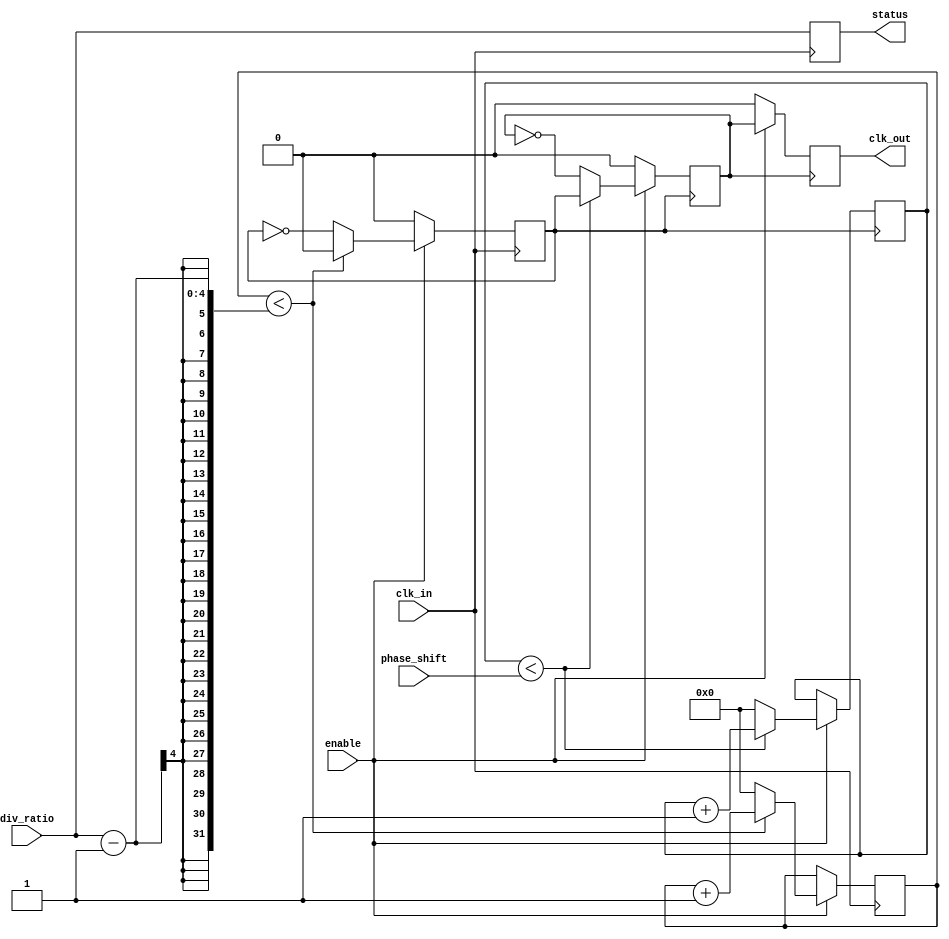
module ProgrammableClockBuffer (
    input wire clk_in,                // Primary clock input
    input wire [3:0] div_ratio,       // Programmable division ratio (1 to 16)
    input wire [3:0] phase_shift,      // Programmable phase shift (in clock cycles)
    input wire enable,                 // Output enable signal
    output reg clk_out,                // Output clock signal
    output reg [3:0] status            // Status indicators
);

    reg [3:0] counter;                 // Counter for frequency division
    reg [3:0] phase_counter;           // Counter for phase adjustment
    reg clk_div;                       // Divided clock signal
    reg clk_phase;                     // Phase adjusted clock signal

    // Frequency Division Logic
    always @(posedge clk_in) begin
        if (enable) begin
            if (counter < div_ratio - 1) begin
                counter <= counter + 1;
                clk_div <= 0; // Keep clock low until counter reaches div_ratio
            end else begin
                counter <= 0;
                clk_div <= ~clk_div; // Toggle clock output
            end
        end else begin
            clk_div <= 0; // Disable clock output when not enabled
        end
    end

    // Phase Adjustment Logic
    always @(posedge clk_div) begin
        if (enable) begin
            if (phase_counter < phase_shift) begin
                phase_counter <= phase_counter + 1;
                clk_phase <= clk_div; // Hold the clock signal
            end else begin
                phase_counter <= 0;
                clk_phase <= ~clk_phase; // Toggle clock output for phase adjustment
            end
        end else begin
            clk_phase <= 0; // Disable phase adjusted clock when not enabled
        end
    end

    // Output Clock Signal
    always @(posedge clk_phase) begin
        if (enable) begin
            clk_out <= clk_phase; // Output the phase adjusted clock
        end else begin
            clk_out <= 0; // Disable output clock when not enabled
        end
    end

    // Status Indicators
    always @(posedge clk_in) begin
        status <= {enable, div_ratio[3:0]}; // Update status indicators
    end

endmodule